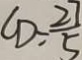
C D = \frac { 2 7 } { 5 }